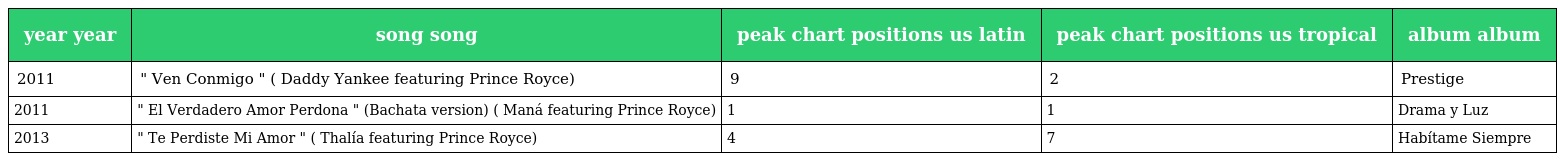
| year year | song song | peak chart positions us latin | peak chart positions us tropical | album album |
 | --- | --- | --- | --- | --- |
 | 2011 | " Ven Conmigo " ( Daddy Yankee featuring Prince Royce) | 9 | 2 | Prestige |
 | 2011 | " El Verdadero Amor Perdona " (Bachata version) ( Maná featuring Prince Royce) | 1 | 1 | Drama y Luz |
 | 2013 | " Te Perdiste Mi Amor " ( Thalía featuring Prince Royce) | 4 | 7 | Habítame Siempre |